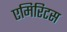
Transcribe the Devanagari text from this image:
एमिरिटस